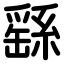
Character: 繇